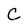
Character: C